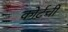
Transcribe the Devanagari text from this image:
कोर्टची